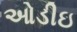
ઓડીઇ